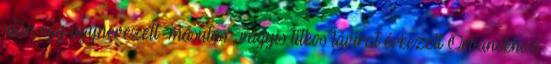
után egy úgynevezett "másutas", vagyis titkos távirat érkezett Orbánékhoz